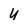
Character: u